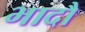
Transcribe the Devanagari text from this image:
भादौ